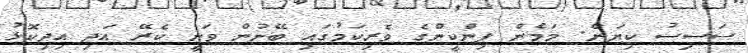
ސަސިސު ކިޔަން. މަމެން ޕިންކީންގެ ވެރިކަމުގައި ބޭނުން ވަނީ ކެރޭ އަދި އިދިކޮޅު